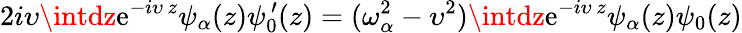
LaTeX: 2i\upsilon\intdz\mathrm{e}^{-i\upsilon\, z}\psi_{\alpha}(z)\psi_{0}^{\, \prime}(z)=(\omega_{\alpha}^{2}-\upsilon^{2})\intdz\mathrm{e}^{-i\upsilon\, z}\psi_{\alpha}(z)\psi_{0}(z)